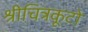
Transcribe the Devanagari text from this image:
श्रीचित्रकूटो